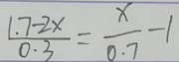
\frac { 1 . 7 - 2 x } { 0 . 3 } = \frac { x } { 0 . 7 } - 1